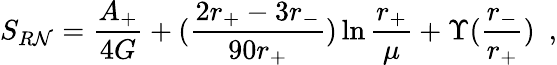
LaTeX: S_{R\mathcal{N}}={\frac{{A_{+}}}{{4G}}}+({\frac{{2r_{+}-3r_{-}}}{{90r_{+}}}})\ln{\frac{{r_{+}}}{{\mu}}}+\Upsilon({\frac{{r_{-}}}{{r_{+}}}})~~,